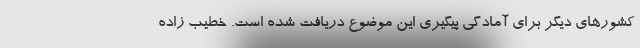
کشورهای دیگر برای آمادگی پیگیری این موضوع دریافت شده است. خطیب زاده